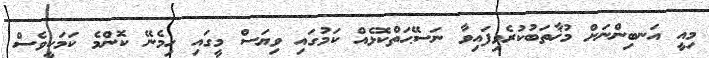
މިއީ އަނބިންނަށް މުޚާތަބުކުރެވިފައިވާ ނަސޭޙަތްކޮޅެއް ކަމުގައި ވިޔަސް މީގައި ހިމެނޭ ކޮންމެ ކަމަކީވެސް